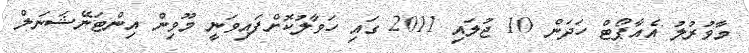
މާވުރުލު އެއާޕޯޓް ހަދަން 10 ޖުލައި 2011 ގައި ހަވާލުކޮށްފައިވަނީ މޫވިން އިންޓަނޭޝަނަލް